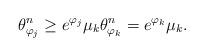
LaTeX: \begin{align*}\theta^{n}_{\varphi_{j}} \geq e^{\varphi_{j}} \mu_{k} \theta^{n}_{\varphi_{k}} = e^{\varphi_{k}} \mu_{k}.\end{align*}